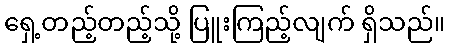
ရှေ့တည့်တည့်သို့ ပြူးကြည့်လျက် ရှိသည်။